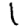
Digit: 1